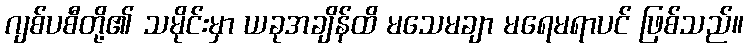
ဂျစ်ပစီတို့၏ သမိုင်းမှာ ယခုအချိန်ထိ မသေမချာ မရေမရာပင် ဖြစ်သည်။